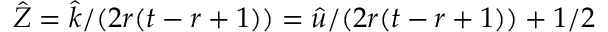
\hat { Z } = \hat { k } / ( 2 r ( t - r + 1 ) ) = \hat { u } / ( 2 r ( t - r + 1 ) ) + 1 / 2